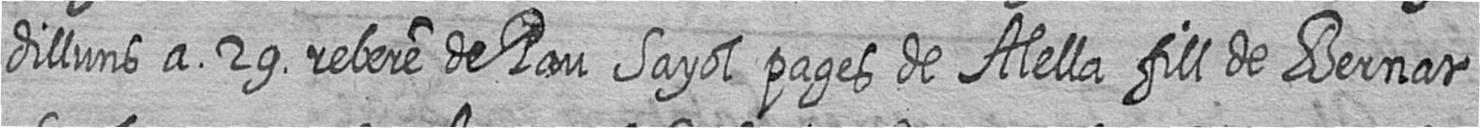
dilluns a 29 rebere de Pau Sayol pages de Alella fill de Bernat